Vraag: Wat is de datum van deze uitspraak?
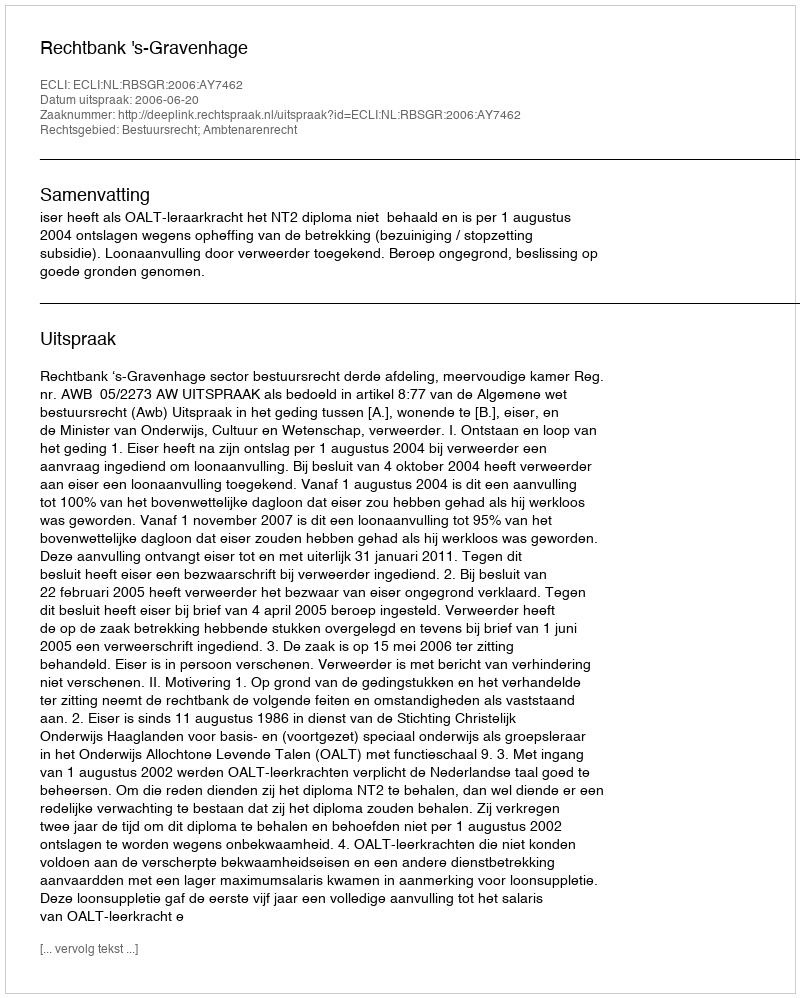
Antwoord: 2006-06-20